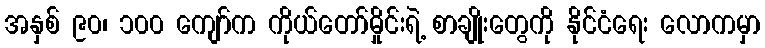
အနှစ် ၉၀၊ ၁၀၀ ကျော်က ကိုယ်တော်မှိုင်းရဲ့ စာချိုးတွေကို နိုင်ငံရေး လောကမှာ